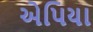
એપિયા